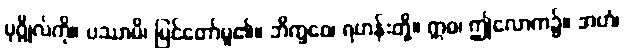
ပုဂ္ဂိုလ်ကို။ ပဿာမိ၊ မြင်တော်မူ၏။ ဘိက္ခဝေ၊ ရဟန်းတို့။ ဣဓ၊ ဤလောက၌။ အဟံ၊